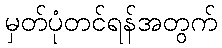
မှတ်ပုံတင်ရန်အတွက်